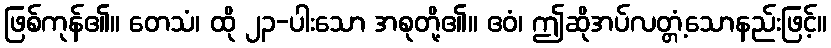
ဖြစ်ကုန်၏။ တေသံ၊ ထို ၂၃-ပါးသော အစုတို့၏။ ဧဝံ၊ ဤဆိုအပ်လတ္တံ့သောနည်းဖြင့်။